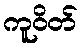
ကူဝိတ်